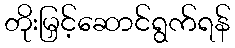
တိုးမြှင့်ဆောင်ရွက်ရန်